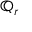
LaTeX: \mathbb { Q } _ { r }